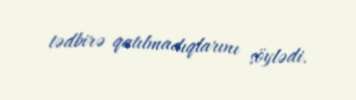
tədbirə qatılmadıqlarını söylədi.